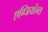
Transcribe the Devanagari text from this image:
एग्जियोम्स